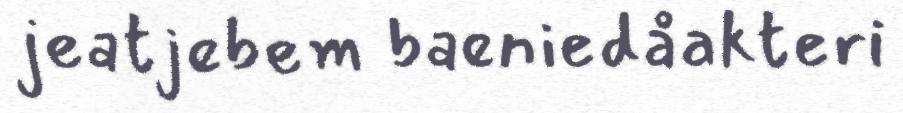
jeatjebem baeniedåakteri